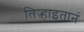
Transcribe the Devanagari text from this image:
तिऱ्हाइतानं